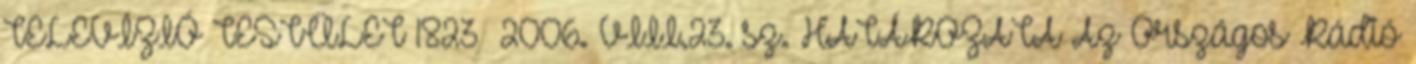
TELEVÍZIÓ TESTÜLET 1823 2006. VIII.23. sz. HATÁROZATA Az Országos Rádió